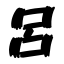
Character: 呂